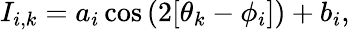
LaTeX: I_{i,k}=a_{i}\cos{(2[\theta_{k}-\phi_{i}])}+b_{i},